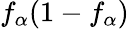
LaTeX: f_{\alpha}(1-f_{\alpha})